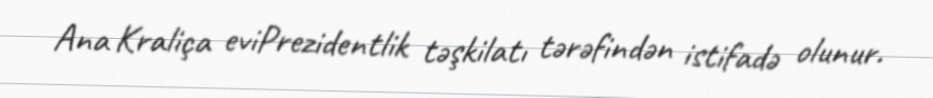
Ana Kraliça eviPrezidentlik təşkilatı tərəfindən istifadə olunur.